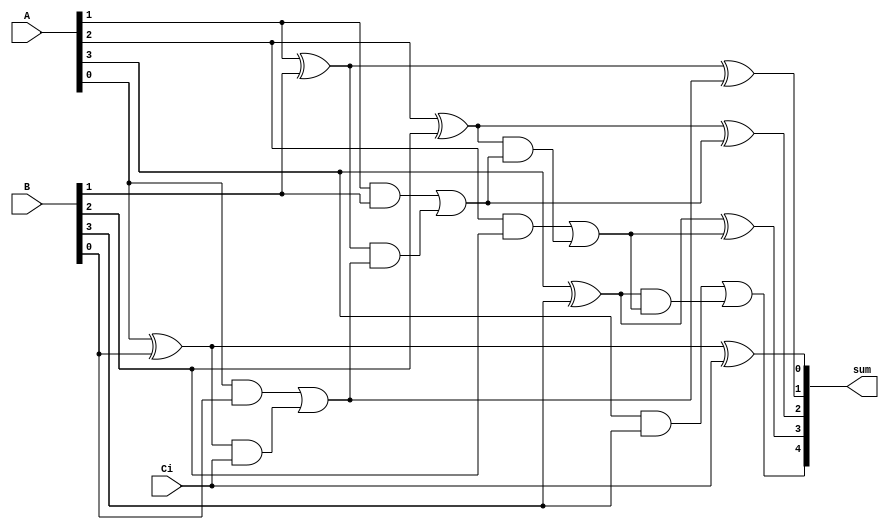
module CLA4_2(
	input [3:0] A, B,
	input Ci,
	output [4:0] sum);
	    
	wire [3:0] B, P, G, temp;
	wire [4:0] carry;

	and (G[0],A[0],B[0]);
	and (G[1],A[1],B[1]);
	and (G[2],A[2],B[2]);
	and (G[3],A[3],B[3]);

	xor (P[0],A[0],B[0]);
	xor (P[1],A[1],B[1]);
	xor (P[2],A[2],B[2]);
	xor (P[3],A[3],B[3]);

	buf (carry[0],Ci);
	
	and (temp[0],P[0],carry[0]); 
	or (carry[1],G[0],temp[0]);
	and (temp[1],P[1],carry[1]);
	or (carry[2],G[1],temp[1]);
	and (temp[2],P[2],carry[2]);
	or (carry[3],G[2],temp[2]);
	and (temp[3],P[3],carry[3]);
    or (carry[4],G[3],temp[3]);
	
	xor (sum[0],P[0],carry[0]);
	xor (sum[1],P[1],carry[1]);
	xor (sum[2],P[2],carry[2]);
	xor (sum[3],P[3],carry[3]);
	buf (sum[4], carry[4]);
	
endmodule